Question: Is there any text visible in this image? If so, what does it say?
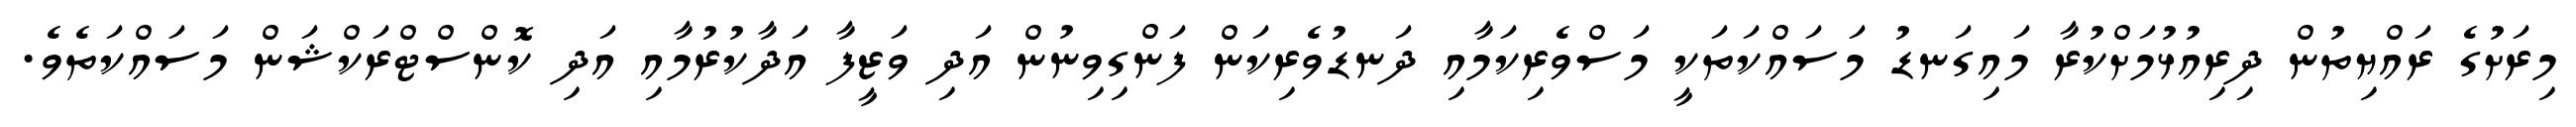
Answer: މިރަށުގެ ރައްޔިތުން ދިރިއުޅުމަށްކުރާ މައިގަނޑު މަސައްކަތަކީ މަސްވެރިކަމާއި ދަނޑުވެރިކަން ފަންގިވިނުން އަދި ވަޒީފާ އަދާކުރުމާއި އަދި ކޮންސްޓްރަކްޝަން މަސައްކަތެވެ.